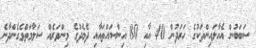
ސަބަބުން އެއާލައިންތަކުގެ ހަރަދުން 40 އާއި 80 އިންސައްތައާއި ދެމެދުގެ މިންވަރެއް ސަލާމަތްވެގެންދާނެ